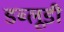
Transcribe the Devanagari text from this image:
डब्लूडी